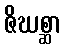
ဇိဃစ္ဆာ